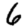
Digit: 6